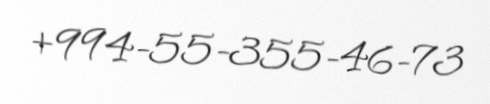
+994-55-355-46-73